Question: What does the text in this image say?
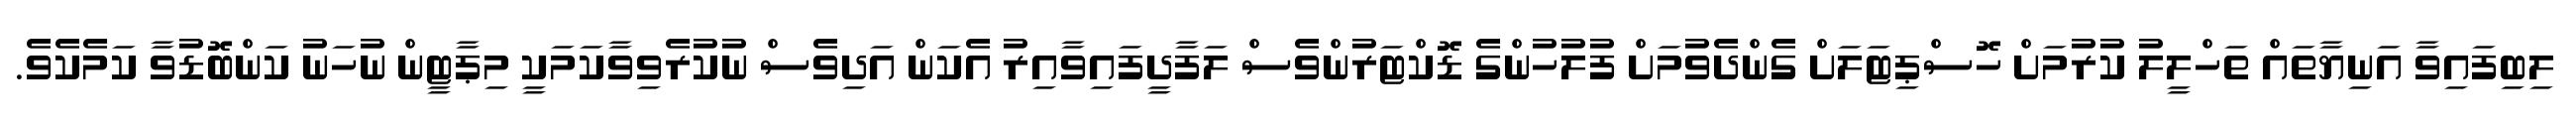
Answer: ލިބިފައިވާ އަނިޔާތައް ތަހްލީލު ކުރުމަށް ހޮސްޕިޓަލަށް ގެންދެވުމަށް ފުލުހުންގެ ޑޮކްޓަރުންވެސް ލަފާދީފައިވާއިރު އެކަން އަދިވެސް ނުކުރެވިވާކަމަކީ މިޕާޓީން ނުހަނު ކަންބޮޑުވާ ކަމެކެވެ.